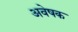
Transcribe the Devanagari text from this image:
अवेषक